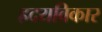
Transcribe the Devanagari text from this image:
ह्रदयविकार